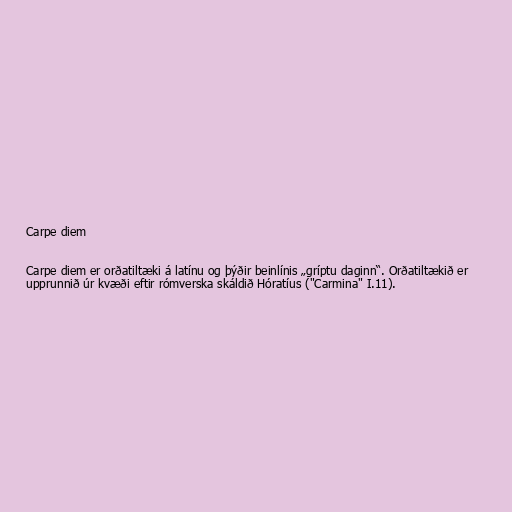
Carpe diem

Carpe diem er orðatiltæki á latínu og þýðir beinlínis „gríptu daginn“. Orðatiltækið er
upprunnið úr kvæði eftir rómverska skáldið Hóratíus ("Carmina" I.11).